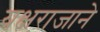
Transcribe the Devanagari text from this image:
यक्षराजाने